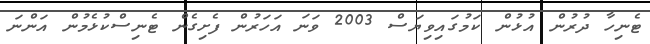
ޓެނިހާ ދުރުން އުޅުން ކަމުގައިވިޔަސް 2003 ވަނަ އަހަރުން ފެށިގެން ޓެނިސްކުޅެމުން އަންނަ